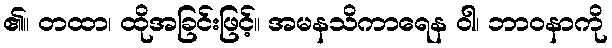
၏။ တထာ၊ ထိုအခြင်းဖြင့်။ အမနသိကာရေန ဝါ၊ ဘာဝနာကို